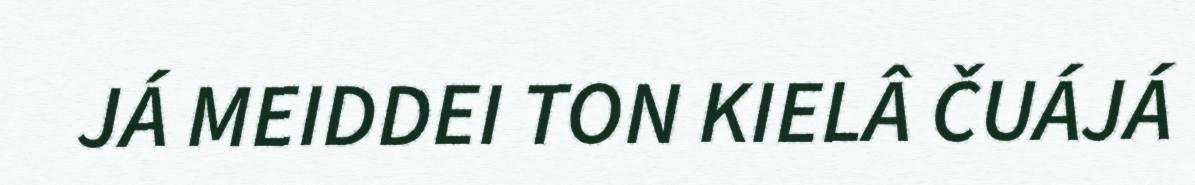
JÁ MEIDDEI TON KIELÂ ČUÁJÁ